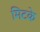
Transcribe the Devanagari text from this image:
मिटके